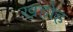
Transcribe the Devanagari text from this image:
खहोह